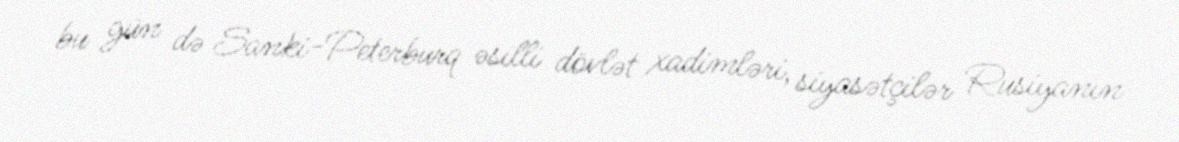
bu gün də Sanki-Peterburq əsilli dövlət xadimləri, siyasətçilər Rusiyanın